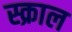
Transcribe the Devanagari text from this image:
स्क्राल